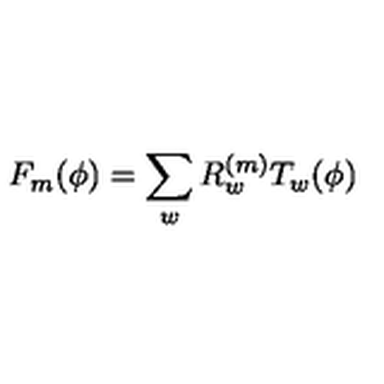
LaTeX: F _ { m } ( \phi ) = \sum _ { w } R _ { w } ^ { ( m ) } T _ { w } ( \phi )